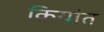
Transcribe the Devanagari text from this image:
क्रियांत